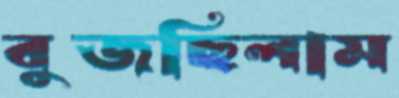
বুজছিলাম